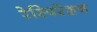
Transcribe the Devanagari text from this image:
रेस्पिरेशन